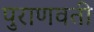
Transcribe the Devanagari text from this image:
पुराणवती